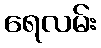
ရေလမ်း